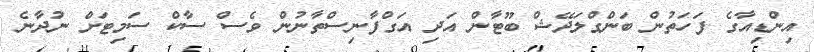
އިންޑިއާގެ ފަހަތުން ބަންގްލަދޭޝް ބޫޓާން އަދި އަގްފާނިސްތާނުން ވެސް ސާކް ސަމިޓަށް ނުދާނެ